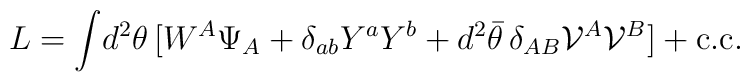
L= \int\! d^2 \theta\, [ W^A \Psi_A+\delta_{ab} Y^a Y^b+d^2 \bar\theta\,\delta_{AB}{\cal V}^A{\cal V}^B]+ \mbox{c.c.}